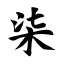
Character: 柒